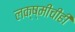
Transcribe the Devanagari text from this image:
लक्ष्मीचीही